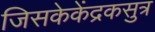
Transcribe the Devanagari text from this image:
जिसकेकेंद्रकसुत्र